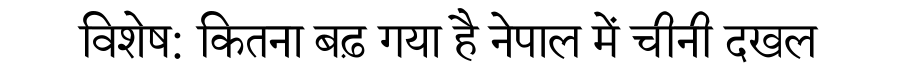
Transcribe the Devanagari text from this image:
विशेष: कितना बढ़ गया है नेपाल में चीनी दखल